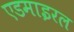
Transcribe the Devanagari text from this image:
एडमाइरल